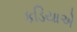
કડિયાએ